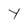
Character: Y